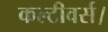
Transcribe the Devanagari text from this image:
कल्टीवर्स।